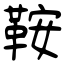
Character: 鞍